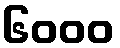
၆၀၀၀